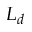
L _ { d }